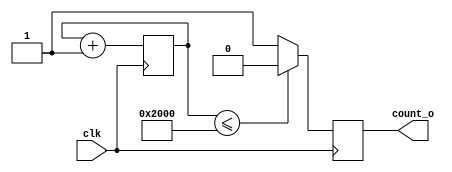
`timescale 1ns / 1ps

//Adds 2 states of clock

module Clock_Counter(count_o, clk);
	
	input clk;
	output reg count_o;
	
	reg [13:0] count;
	
	always @ (posedge clk) begin
		count <= count + 1'b1;
		if (count <= 8192)
			count_o <= 1'b0;
		else
			count_o <= 1'b1;
	end
endmodule